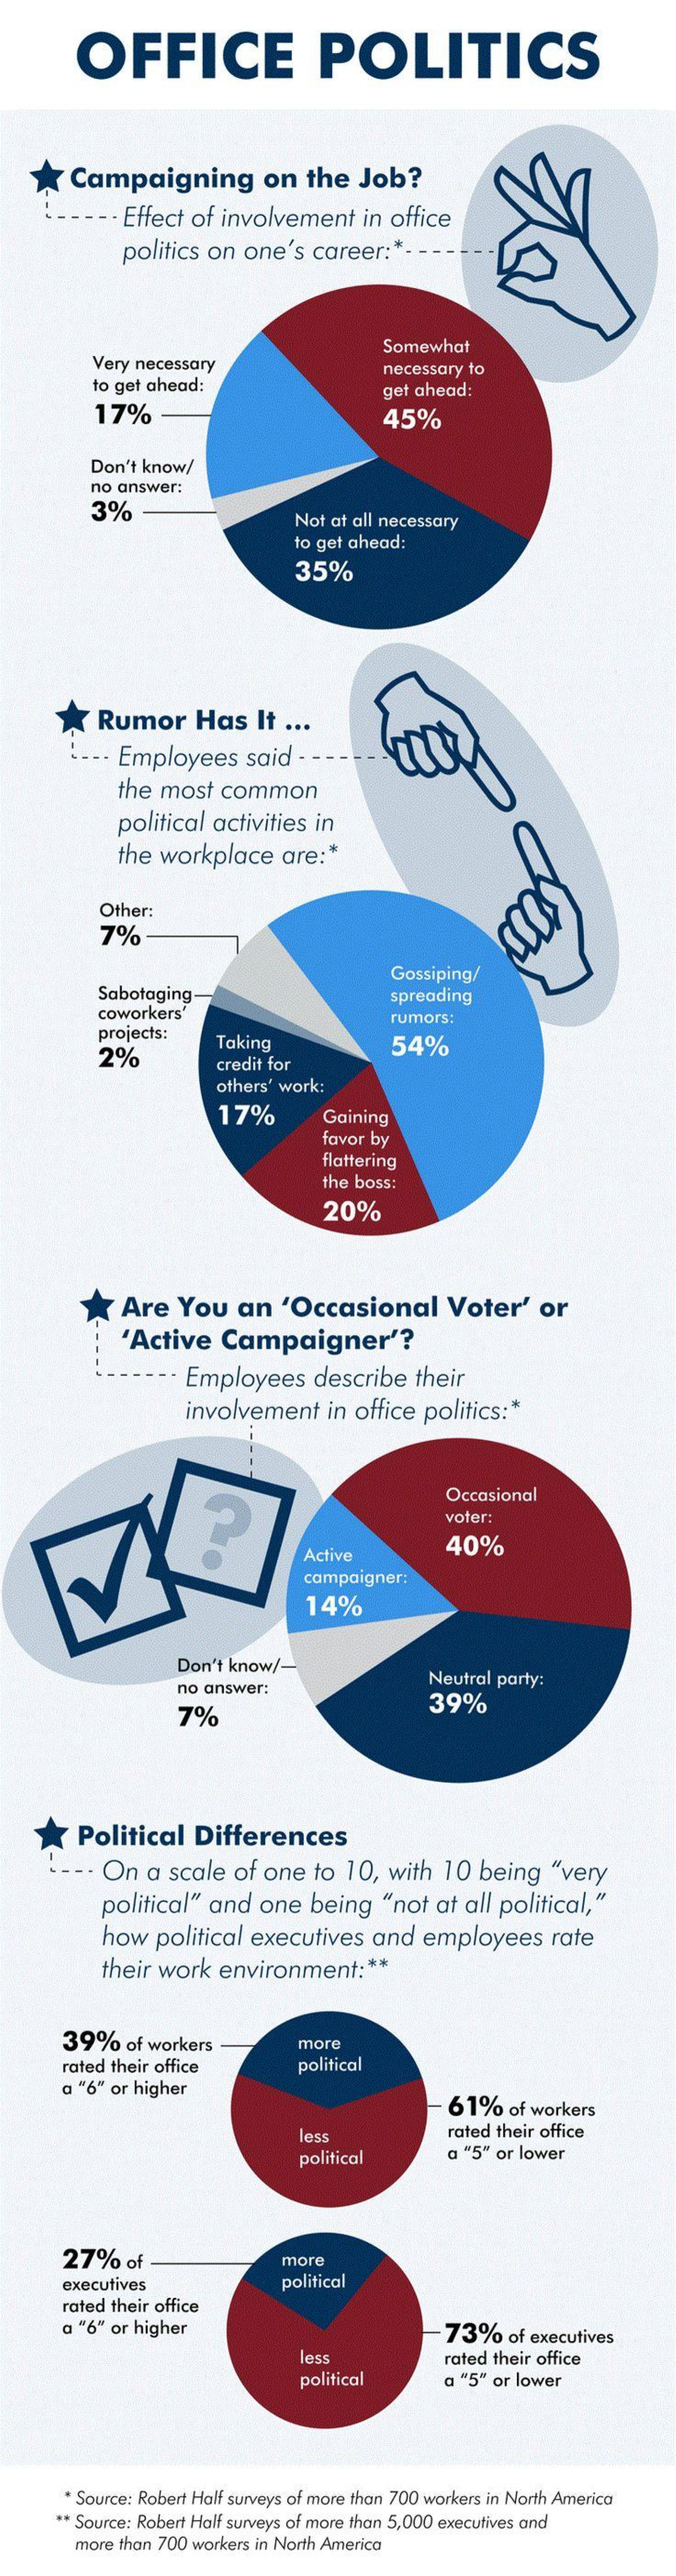
OFFICE    POLITICS
     Campaigning    on  the   Job?
     · Effect of involvement    in office
     politics on  one's  career  :*- -
     Very necessary
     Somewhat
     to get ahead:
     necessary to
     17%
     get ahead:
     45%
     Don't know/
     no answer:
     3%    Not at all necessary
     to get ahead:
     35%
     Rumor    Has   It ...
     -- Employees    said  - -
     the most  common
     political activities in
     the workplace    are :*
     Other:
     7%    ECCO
     Sabotaging
     Gossiping/
     spreading
     coworkers'    rumors:
     projects:
     2%
     Taking    54%
     credit for
     others' work:
     17%    Gaining
     favor by
     flattering
     the boss:
     20%
     Are   You   an   'Occasional    Voter'    or
     'Active   Campaigner'?
     Employees    describe   their
     involvement    in office politics :*
     Occasional
     voter:
     Active
     40%
     campaigner:
     14%
     Don't know/-
     no answer:
     Neutral party:
     7%
     39%
     Political    Differences
     -. On   a scale  of one  to  10, with  10  being   "very
     political" and   one  being   "not at all political,"
     how  political  executives   and  employees    rate
     their work  environment    :**
     39%    of workers    more
     rated their office    political
     a "6" or higher
     61%   of workers
     less    rated their office
     political    a "5" or lower
     27%    of    more
     executives    political
     rated their office
     a "6" or higher    73%   of executives
     less    rated their office
     political    a "5" or lower
     * Source: Robert Half surveys of more than 700 workers in North America
     ** Source: Robert Half surveys of more than 5,000 executives and
     more than 700 workers in North America